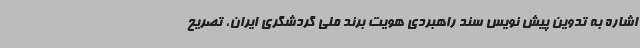
اشاره به تدوین پیش نویس سند راهبردی هویت برند ملی گردشگری ایران، تصریح